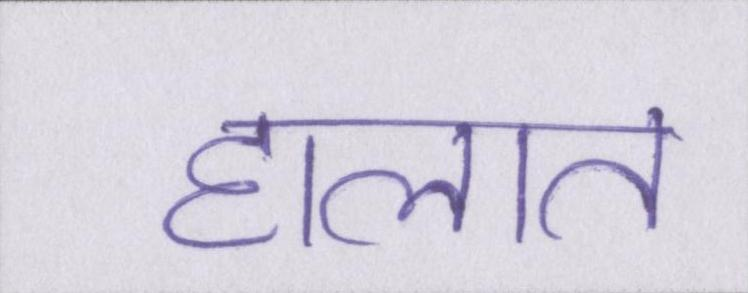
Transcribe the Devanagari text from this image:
हालात